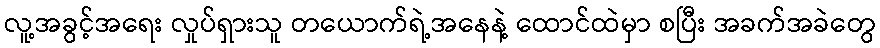
လူ့အခွင့်အရေး လှုပ်ရှားသူ တယောက်ရဲ့အနေနဲ့ ထောင်ထဲမှာ စပြီး အခက်အခဲတွေ